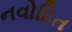
નવોદિત